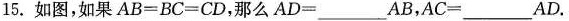
15.如图，如果$$A B = B C = C D$$，那么$$A D = ___ A B$$，$$A C = ___ A D$$.